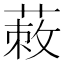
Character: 蓛